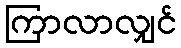
ကြာလာလျှင်